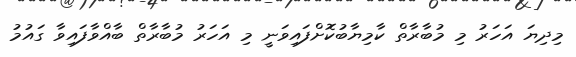
މިދިޔަ އަހަރު މި މުބާރާތް ކާމިޔާބުކޮށްފައިވަނީ މި އަހަރު މުބާރާތް ބާއްވާފައިވާ ގައުމު